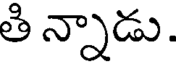
తి న్నాడు.